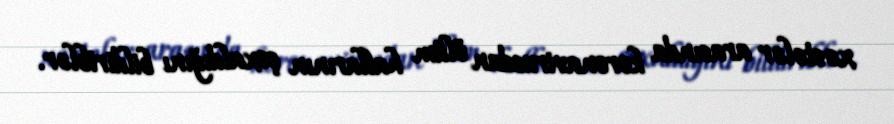
xəstələr arasında koronavirusdan ölüm hallarının çoxaldığını bildiriblər.